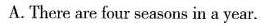
A.There are four seasons in a year.